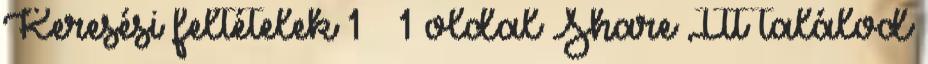
Keresési feltételek 1 1 oldal Share Itt találod